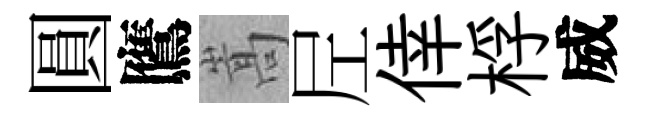
圓鷹嵩𡰱倖桴威